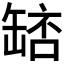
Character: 𮉵